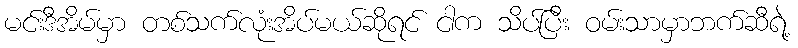
မင်းဒီအိမ်မှာ တစ်သက်လုံးအိပ်မယ်ဆိုရင် ငါက သိပ်ပြီး ဝမ်းသာမှာဘက်ဆီရဲ့